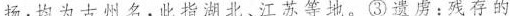
扬：均为古州名，此指湖北、江苏等地。③遗虏：残存的